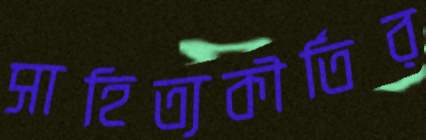
সাহিত্যকীর্তির